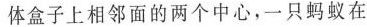
体盒子上相邻面的两个中心，一只蚂蚁在